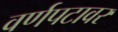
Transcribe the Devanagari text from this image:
वर्णपटावर